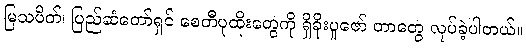
မြသပိတ်၊ ပြည်ဆံတော်ရှင် စေတီပုထိုးတွေကို ရှိခိုးပူဇော် တာတွေ လုပ်ခဲ့ပါတယ်။